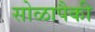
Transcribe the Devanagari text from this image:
सोळापैकी